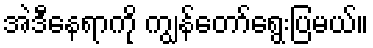
အဲဒီနေရာကို ကျွန်တော်ရွေးပြမယ်။